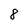
Character: 8